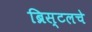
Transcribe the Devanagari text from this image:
ब्रिस्टलचे